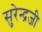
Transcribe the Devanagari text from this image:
सुरेन्द्रजी